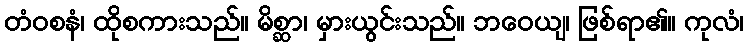
တံဝစနံ၊ ထိုစကားသည်။ မိစ္ဆာ၊ မှားယွင်းသည်။ ဘဝေယျ၊ ဖြစ်ရာ၏။ ကုလံ၊